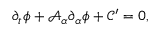
\partial _ { t } \phi + \mathcal { A } _ { \alpha } \partial _ { \alpha } \phi + \mathcal { C } ^ { \prime } = 0 ,